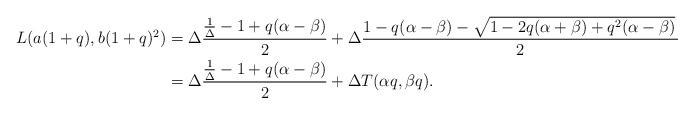
LaTeX: \begin{align*} L(a(1+q), b(1+q)^2) &= \Delta\frac{\frac1\Delta-1+q(\alpha-\beta)}{2} + \Delta\frac{1-q(\alpha-\beta)-\sqrt{1-2q(\alpha+\beta)+q^2(\alpha-\beta)}\,}{2}\\ &=\Delta\frac{\frac1\Delta-1+q(\alpha-\beta)}{2} + \Delta T(\alpha q, \beta q). \end{align*}